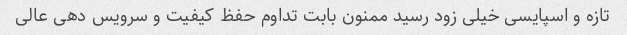
تازه و اسپایسی خیلی زود رسید ممنون بابت تداوم حفظ کیفیت و سرویس دهی عالی